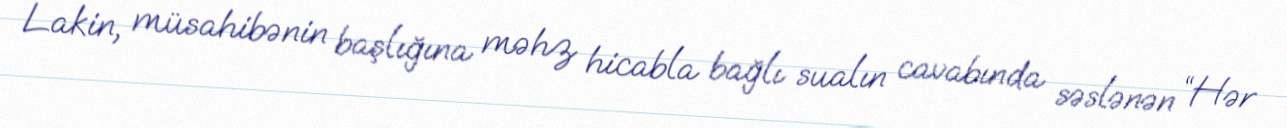
Lakin, müsahibənin başlığına məhz hicabla bağlı sualın cavabında səslənən “Hər